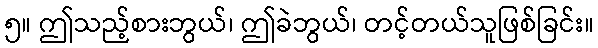
၅။ ဤသည့်စားဘွယ်၊ ဤခဲဘွယ်၊ တင့်တယ်သူဖြစ်ခြင်း။